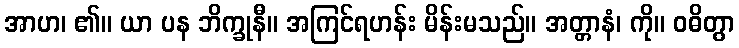
အာဟ၊ ၏။ ယာ ပန ဘိက္ခုနီ။ အကြင်ရဟန်း မိန်းမသည်။ အတ္တာနံ၊ ကို။ ဝဓိတွာ